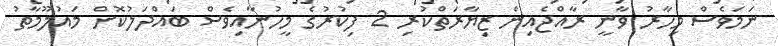
ނަމަވެސް މިހާރު ވާނީ ރާއްޖެއިން ޒިޔާރަތްކުރި 2 ފިކުރުގެ މީހުނާއިވެސް ބައްދަލުކޮށް މައުލޫމާތު